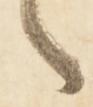
々